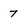
Character: 7